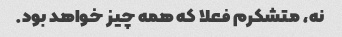
نه، متشکرم فعلا که همه چیز خواهد بود.